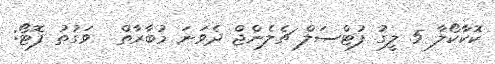
ކޮކާކޯލާ 5 ލީގު ފުޓްސަލް ޗެލެންޖް ދެވަނަ މުބާރާތް  ވަގުތު ފޮޓޯ: